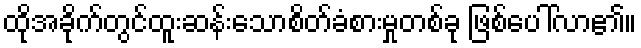
ထိုအခိုက်တွင်ထူးဆန်းသောစိတ်ခံစားမှုတစ်ခု ဖြစ်ပေါ်လာ၏။